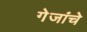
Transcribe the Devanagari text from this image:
गेजांचे